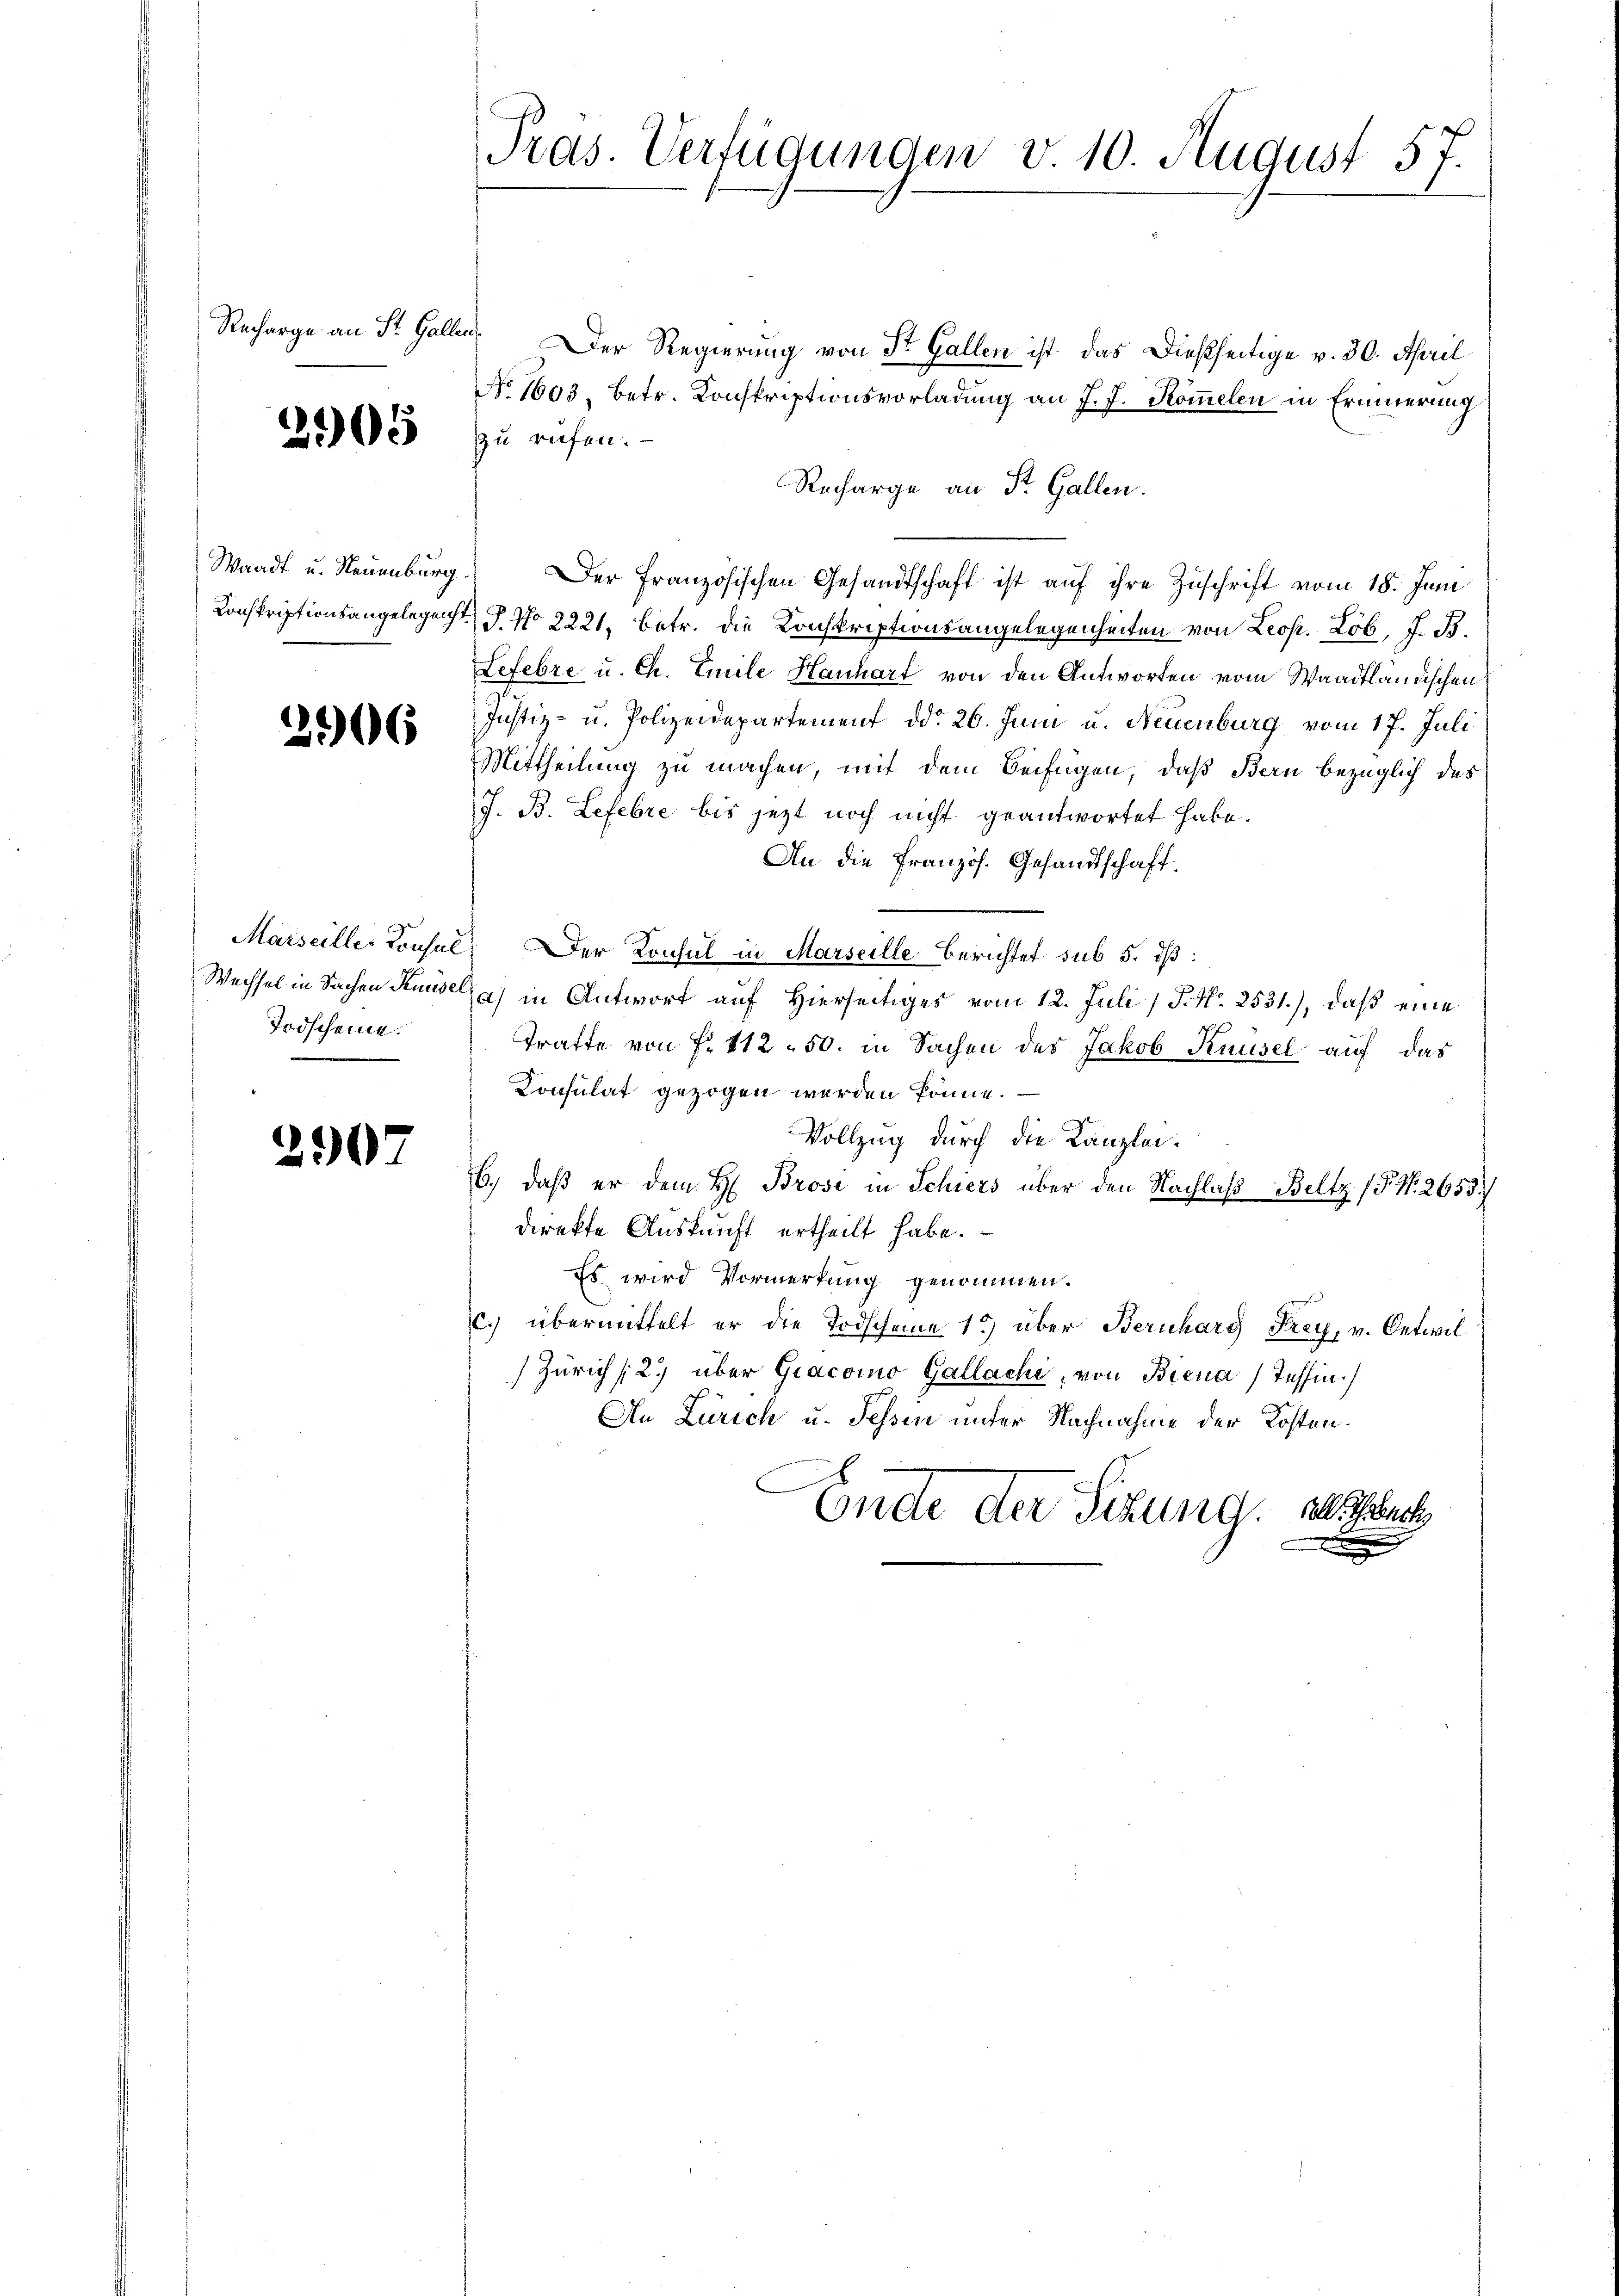
Recharge an St. Gallen.

205

Waadt u. Neuenburg

2506

Todscheine.

2907

Pras. Verfügungen v. 10. August 57.

Der Regierung von Dr. Gallen ist das dießseitige v. 30. April
No 1603, betr. Konskriptionsvorladung an J. J. Kommelen in Erinnerung
zu rufen. —
Recharge an St. Gallen.
Konskriptionsangelegent J. No 2221. betr. die Konskriptionsangelegenheiten von Leop. Lob, J. B.
Lefebre u. Ch. Emile Hanhart von den Antworten vom Waadtländischen
Justiz- u. Polizeidepartement ddo 26. Juni u. Neuenburg vom 17. Juli
Mittheilung zu machen, mit dem Beifügen, daß Bern bezüglich des
J. B. Lefebre bis jezt noch nicht geantwortet habe.
An die Französ. Gesandtschaft.
Marseille Konsul, Der Konsul in Marseille Berichtet sub 5. dß:
Wechsel in Sachen Knüsel a) in Antwort auf Hierseitiges vom 12. Juli (S. Nr. 2531.), daß eine
Tratte von f. 412 - 50. in Sachen des Jakob Knüsel auf das
Consulat gezogen werden könne.
Vollzug durch die Kanzlei¬
6.) daß er dem H. Brose in Schiers über den Nachlaß Beltz (§. N. 2653.)
direkte Auskunft ertheilt habe.
Es wird Vormerkung genommen.
c.) übermittelt er die Todscheine 15) über Bernhard Frey, v. Oetwil
Zürich (2. über Gracoino Gallachi, von Biena Tessin.
An Zürich u. Fessen unter Nachnahme der Kosten.
Ende der Sitzung. Auch

Der französischen Gesandtschaft ist auf ihre Zuschrift vom 18. Juni